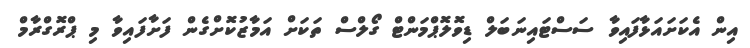
އިން އެކަށައަޅާފައިވާ ސަސްޓައިނަބަލް ޑިވޮލޮޕްމަންޓް ގޯލްސް ތަކަށް އަމާޒުކޮށްގެން ފަށާފައިވާ މި ޕްރޮގްރާމް